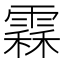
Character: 𩄞